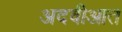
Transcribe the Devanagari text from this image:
अदवीआत